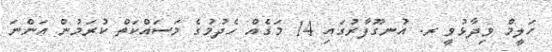
ހަލީމް ވިދާޅުވީ ރ. އުނގޫފާރުގައި 14 މަގެއް ހެދުމުގެ މަސައްކަތް ކުރަމުން އަންނަ